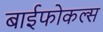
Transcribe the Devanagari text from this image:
बाईफोकल्स